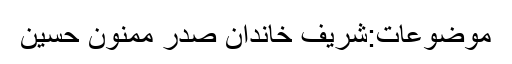
موضوعات:شریف خاندان صدر ممنون حسین